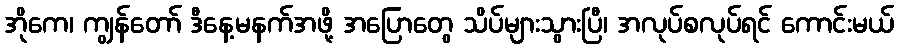
အိုကေ၊ ကျွန်တော် ဒီနေ့မနက်အဖို့ အပြောတွေ သိပ်များသွားပြီ၊ အလုပ်စလုပ်ရင် ကောင်းမယ်